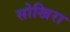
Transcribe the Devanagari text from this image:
सोखिरा